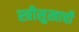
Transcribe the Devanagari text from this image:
स्त्रीसुखाची